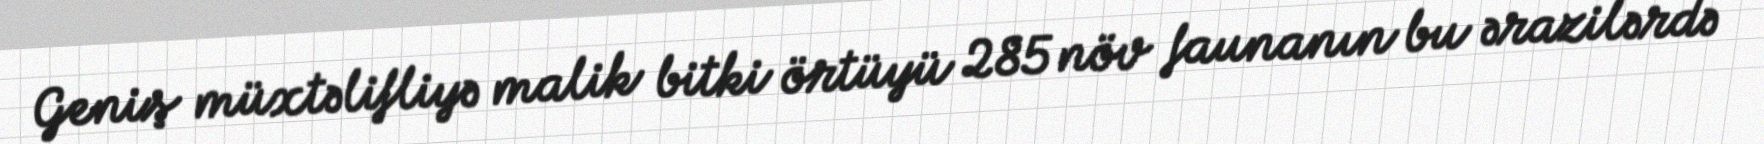
Geniş müxtəlifliyə malik bitki örtüyü 285 növ faunanın bu ərazilərdə